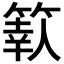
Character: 𥱩